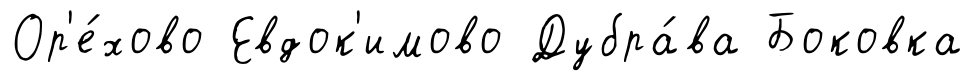
Ор'е́хово Евдок'имово Дубра́ва Боковка